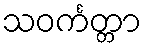
သဝင်္ကတ္တာ